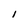
Character: 1